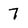
Character: 7